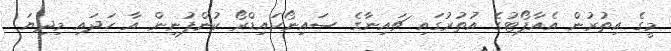
މީގެ އިތުރުން އެއާޕޯޓުގެ އުތުރުގައި ޗައިނާގެ ސައިނޯހައިޑްރޯ ކުންފުނިން އާ ހަދައި މިދިޔަ